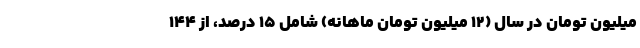
میلیون تومان در سال (۱۲ میلیون تومان ماهانه) شامل ۱۵ درصد، از ۱۴۴